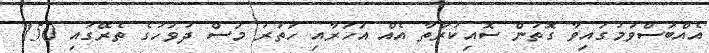
އެއްބަސްވުމުގައިވާ ގޮތުން ސޮއިކުރާތާ އެއް އަހަރާއި ހަތަރު މަސް ދުވަހުގެ ތެރޭގައި 150